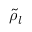
{ \tilde { \rho } } _ { l }